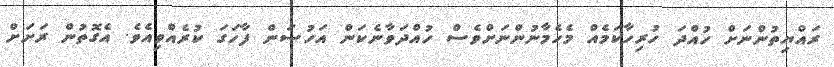
ރައްޔިތުންނަށް ހުއްދަ ހުރިހާކަމެއް މެހެމާނުންނަށްވެސް ހުއްދަވާނެކަން އަހުސަން ފާހަގަ ކުރެއްވިއެވެ. އެގޮތުން ރަށަށް